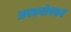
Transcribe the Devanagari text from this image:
अपचयोपचय